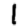
Digit: 1